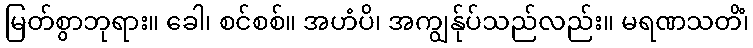
မြတ်စွာဘုရား။ ခေါ၊ စင်စစ်။ အဟံပိ၊ အကျွန်ုပ်သည်လည်း။ မရဏသတိံ၊